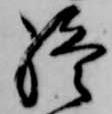
終